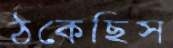
ঠকেছিস